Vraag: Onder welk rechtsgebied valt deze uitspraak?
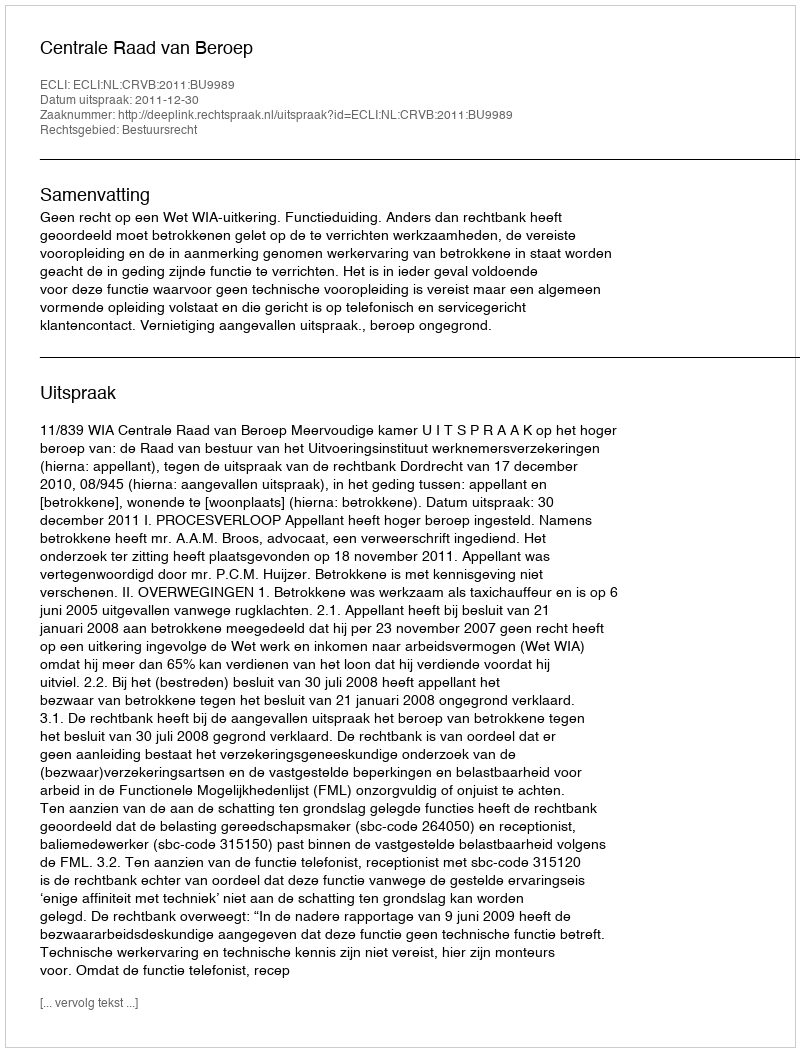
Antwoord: Bestuursrecht